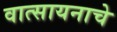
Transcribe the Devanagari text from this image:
वात्सायनाचे